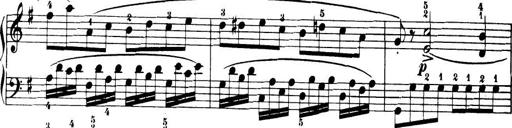
Title: 32 Sonatinas and Rondos for the Piano
Composer: Richard Kleinmichel